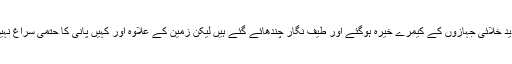
ہمارے جدید خلائی جہازوں کے کیمرے خیرہ ہوگئے اور طیف نگار چندھائے گئے ہیں لیکن زمین کے علاوہ اور کہیں پانی کا حتمی سراغ نہیں مل سکا۔